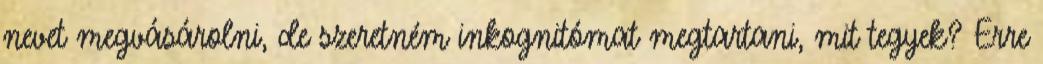
nevet megvásárolni, de szeretném inkognitómat megtartani, mit tegyek? Erre